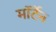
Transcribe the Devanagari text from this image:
मॉर्टेन